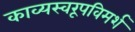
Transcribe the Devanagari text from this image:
काव्यस्वरूपविमर्श